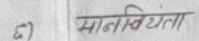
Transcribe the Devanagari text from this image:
मानवीयता